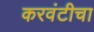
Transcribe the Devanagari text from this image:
करवंटीचा